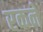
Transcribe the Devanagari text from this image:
रकने